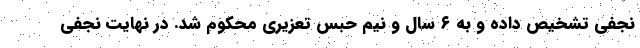
نجفی تشخیص داده و به ۶ سال و نیم حبس تعزیری محکوم شد. در نهایت نجفی